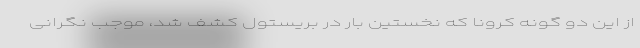
از این دو گونه کرونا که نخستین بار در بریستول کشف شد، موجب نگرانی